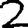
Digit: 2